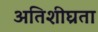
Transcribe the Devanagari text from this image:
अतिशीघ्रता